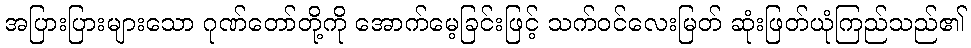
အပြားပြားများသော ဂုဏ်တော်တို့ကို အောက်မေ့ခြင်းဖြင့် သက်ဝင်လေးမြတ် ဆုံးဖြတ်ယုံကြည်သည်၏